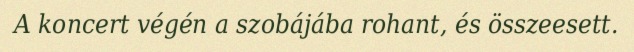
A koncert végén a szobájába rohant, és összeesett.